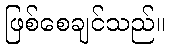
ဖြစ်စေချင်သည်။